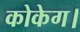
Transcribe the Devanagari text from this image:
कोकेग।